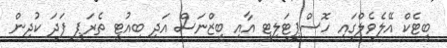
ބީޓެކް އޭލެވެލްގައި ހޮސްޕިޓަލިޓީ އާއި ބިޒްނަސް އަދި ބިއުޓީ ތެރަޕީ ފަދަ ކުދިން